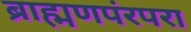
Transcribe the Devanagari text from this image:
ब्राह्मणपंरपरा